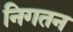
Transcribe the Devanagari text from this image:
निगतन